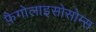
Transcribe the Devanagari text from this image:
फ़ैगोलाइसोसोम्स